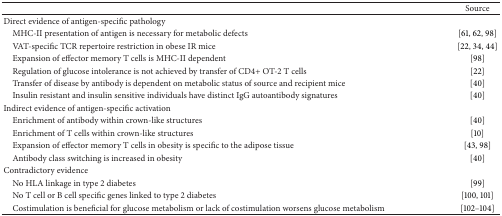
<table><thead><tr><td><b> </b></td><td><b>Source</b></td></tr></thead><tbody><tr><td>Direct evidence of antigen-specific pathology</td><td> </td></tr><tr><td> MHC-II presentation of antigen is necessary for metabolic defects</td><td>[61, 62, 98]</td></tr><tr><td> VAT-specific TCR repertoire restriction in obese IR mice</td><td>[22, 34, 44]</td></tr><tr><td> Expansion of effector memory T cells is MHC-II dependent</td><td>[98]</td></tr><tr><td> Regulation of glucose intolerance is not achieved by transfer of CD4+ OT-2 T cells</td><td>[22]</td></tr><tr><td> Transfer of disease by antibody is dependent on metabolic status of source and recipient mice</td><td>[40]</td></tr><tr><td> Insulin resistant and insulin sensitive individuals have distinct IgG autoantibody signatures</td><td>[40]</td></tr><tr><td>Indirect evidence of antigen-specific activation</td><td> </td></tr><tr><td> Enrichment of antibody within crown-like structures</td><td>[40]</td></tr><tr><td> Enrichment of T cells within crown-like structures</td><td>[10]</td></tr><tr><td> Expansion of effector memory T cells in obesity is specific to the adipose tissue</td><td>[43, 98]</td></tr><tr><td> Antibody class switching is increased in obesity</td><td>[40]</td></tr><tr><td>Contradictory evidence</td><td> </td></tr><tr><td> No HLA linkage in type 2 diabetes</td><td>[99]</td></tr><tr><td> No T cell or B cell specific genes linked to type 2 diabetes</td><td>[100, 101]</td></tr><tr><td> Costimulation is beneficial for glucose metabolism or lack of costimulation worsens glucose metabolism</td><td>[102–104]</td></tr></tbody></table>